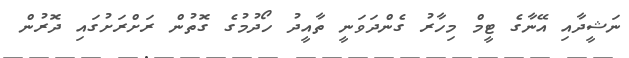
ނަޝީދާއި އޭނާގެ ޓީމް މިހާރު ގެންދަވަނީ ތާއީދު ހޯދުމުގެ ގޮތުން ރަށްރަށުގައި ދޮރުން